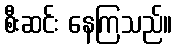
စီးဆင်း နေကြသည်။